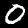
Label: 0